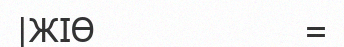
|ЖІӨ                     =